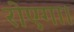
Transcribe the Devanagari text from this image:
रोएगा।